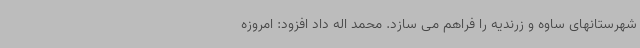
شهرستانهای ساوه و زرندیه را فراهم می سازد. محمد اله داد افزود: امروزه